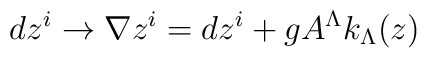
dz^i \rightarrow \nabla z^i=dz^i + g A^\Lambda k_\Lambda (z)